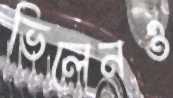
ভিলেনও